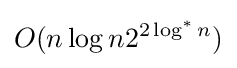
O(n\log n2^{2\log ^{*}n})